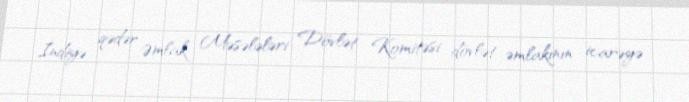
İndiyə qədər Əmlak Məsələləri Dövlət Komitəsi dövlət əmlakının icarəyə